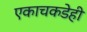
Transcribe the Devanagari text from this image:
एकाचकडेही